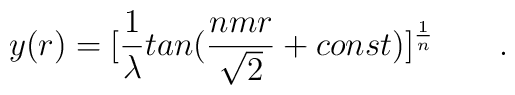
y(r)=[{1\over \lambda} tan({nmr\over \sqrt2}+const)]^{1\over n}\qquad .